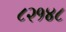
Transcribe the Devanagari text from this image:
८२१४८